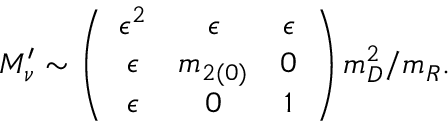
M _ { \nu } ^ { \prime } \sim \left( \begin{array} { c c c } { { \epsilon ^ { 2 } } } & { { \epsilon } } & { { \epsilon } } \\ { { \epsilon } } & { { m _ { 2 ( 0 ) } } } & { { 0 } } \\ { { \epsilon } } & { { 0 } } & { { 1 } } \end{array} \right) m _ { D } ^ { 2 } / m _ { R } .